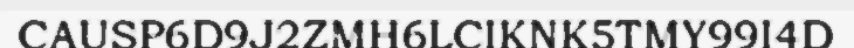
CAUSP6D9J2ZMH6LCIKNK5TMY99I4D